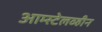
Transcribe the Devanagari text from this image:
आम्स्टेलव्हीन